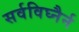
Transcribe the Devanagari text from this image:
सर्वविघ्नैर्न